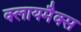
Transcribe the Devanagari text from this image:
क्लायमैक्स